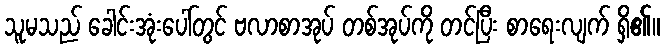
သူမသည် ခေါင်းအုံးပေါ်တွင် ဗလာစာအုပ် တစ်အုပ်ကို တင်ပြီး စာရေးလျက် ရှိ၏။